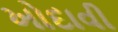
ખોદાવી